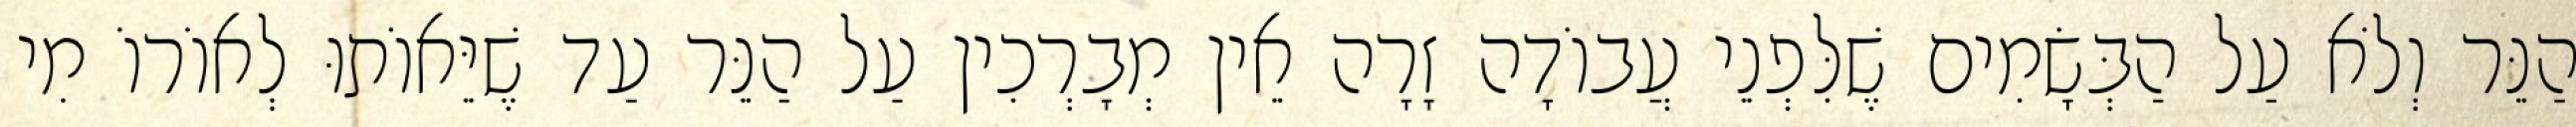
הַנֵּר וְלֹא עַל הַבְּשָׂמִים שֶׁלִּפְנֵי עֲבוֹדָה זָרָה אֵין מְבָרְכִין עַל הַנֵּר עַד שֶׁיֵּאוֹתוּ לְאוֹרוֹ מִי